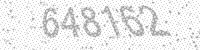
Solution: 648162